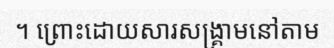
។ ព្រោះដោយសារសង្គ្រាមនៅតាម